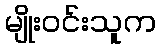
မျိုးဝင်းသူက